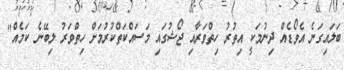
ބަލައިގަނެ އެވޯޑެއް ދިނުމަކީ އިތުރު ހިތްވަރާއި ޖޯޝުގައި މަސައްކަތްކުރުމަށް ހިތްވަރު ލިބޭނެ ކަމެއް"